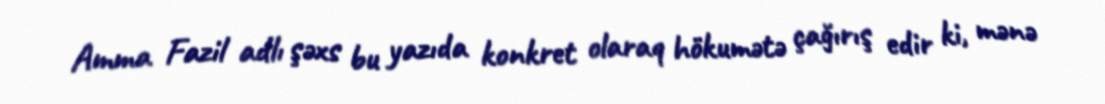
Amma Fazil adlı şəxs bu yazıda konkret olaraq hökumətə çağırış edir ki, mənə